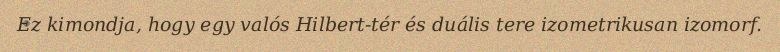
Ez kimondja, hogy egy valós Hilbert-tér és duális tere izometrikusan izomorf.